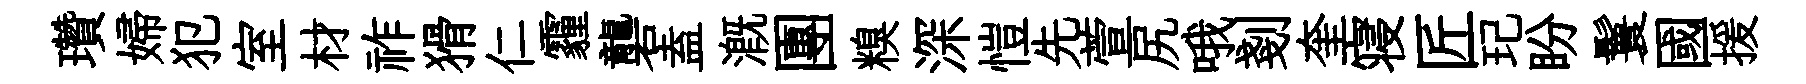
瓚婦犯室材祚猾仁霾礱盍溉團糗深愷先萱尻哦剗奎寝匠玘盼鬟國援